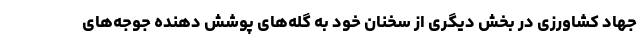
جهاد کشاورزی در بخش دیگری از سخنان خود به گله‌های پوشش دهنده جوجه‌های